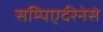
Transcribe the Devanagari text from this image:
सम्पिएर्दरेनेसे